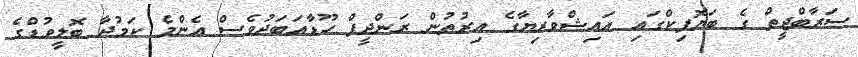
ސަރާބްޖީތް ގެ ބަޔޮޕިކްގައި އައިޝްވާރިޔާގެ އިރުތުން ރަންދީޕް ހޫޑާއަބަދުވެސް އެންމެ ކަމުދާ ބޮލީވުޑްގެ